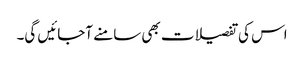
اس کی تفصیلات بھی سامنے آجائیں گی۔